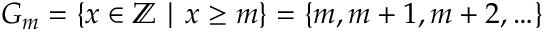
G _ { m } = \{ x \in \mathbb { Z } \mid x \geq m \} = \{ m , m + 1 , m + 2 , \ldots \}